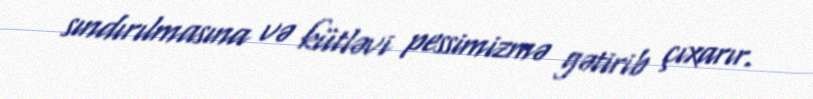
sındırılmasına və kütləvi pessimizmə gətirib çıxarır.